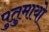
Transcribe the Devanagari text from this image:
पुतुमायो